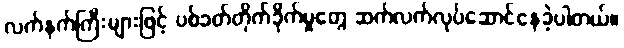
လက်နက်ကြီးများဖြင့် ပစ်ခတ်တိုက်ခိုက်မှုတွေ ဆက်လက်လုပ်ဆောင်နေခဲ့ပါတယ်။